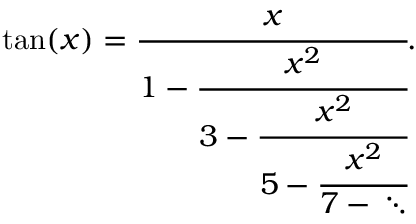
\tan ( x ) = { \cfrac { x } { 1 - { \cfrac { x ^ { 2 } } { 3 - { \cfrac { x ^ { 2 } } { 5 - { \cfrac { x ^ { 2 } } { 7 - { } \ddots } } } } } } } } .